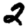
Digit: 2